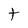
Character: t